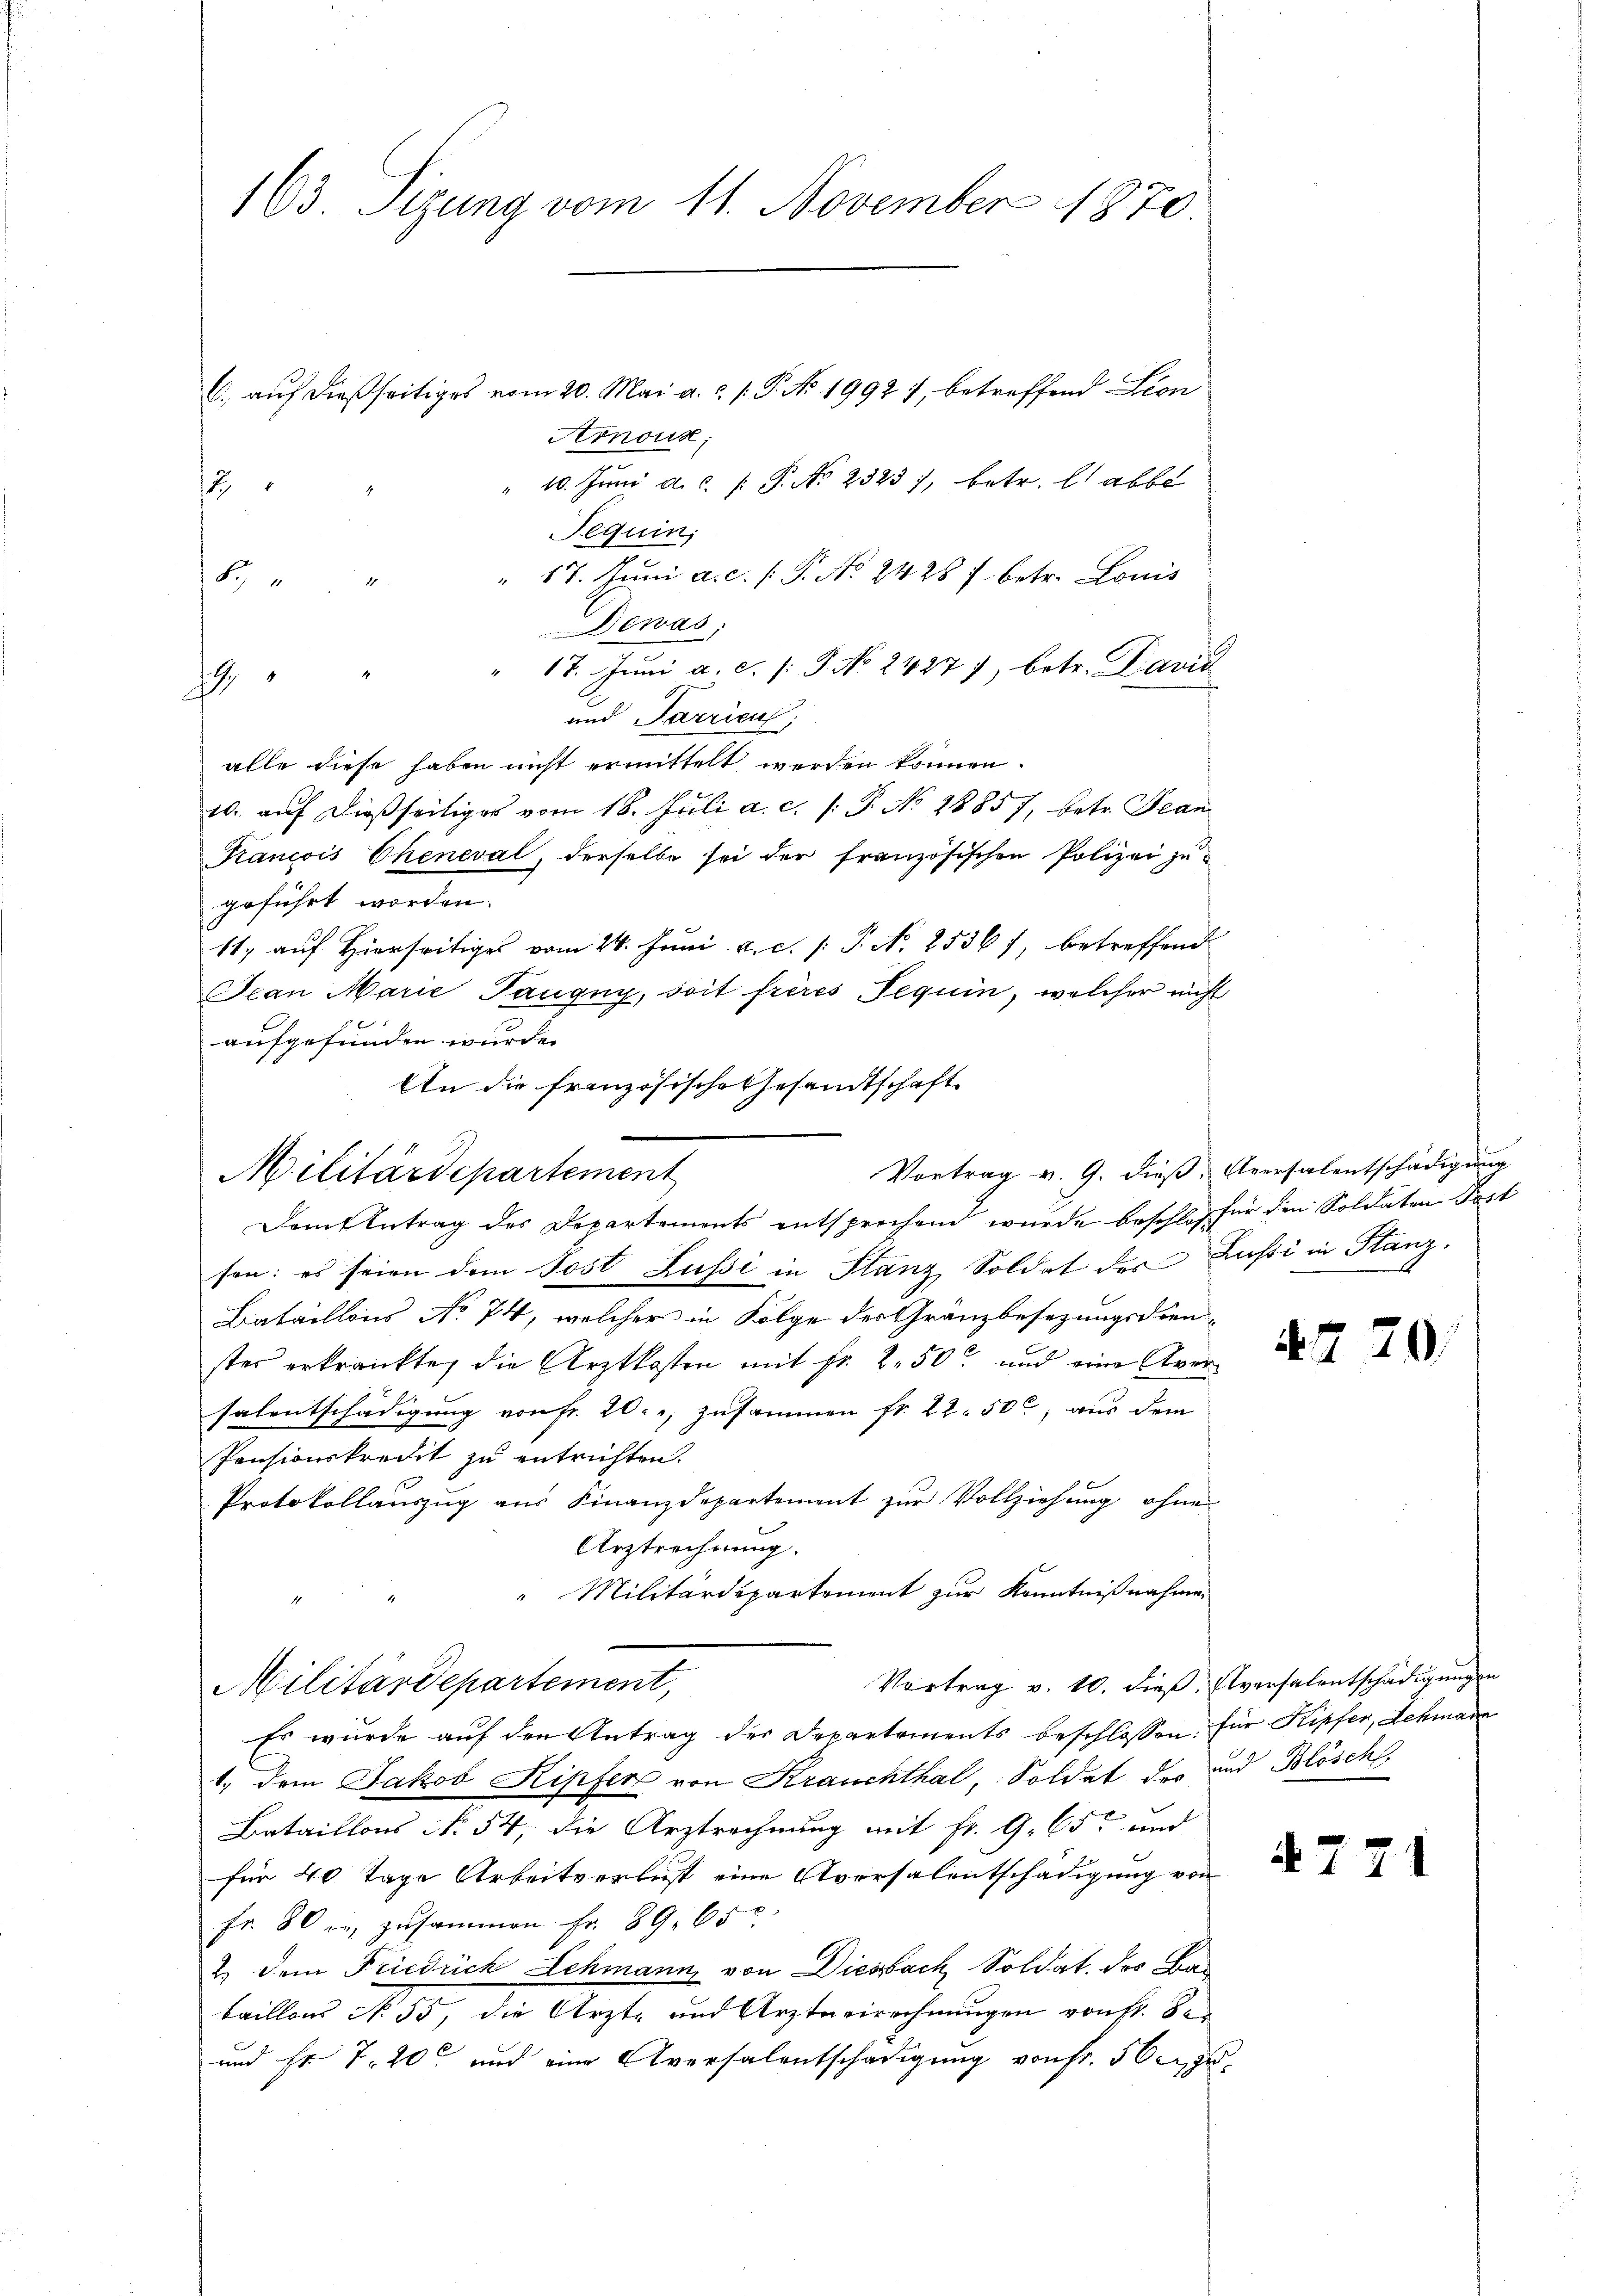
163. Sizung vom 11. November 1870

C., auf dießseitiges vom 20. Mai a. a. p. P. No. 1992 7, betreffend Lion
Arnous;
10. Jŭni a.c. P. Nr. 2323), betr. l. abbe
2
Fequin;
" 17. Juni a.c. s. P. No. 2428 f. betr. Louis
Dewas:
" 17. Jŭni a. c. s. S. No 24277, betr. Davić
2
und Parrien;
alle diese haben nicht ermittelt werden können.
10. auf dießseitiges vom 18. Juli a. c. l. J. No 28857, betr. Bean
Krancois Cheneval, derselbe sei der französischen Polizei zu-
geführt worden.
11, auf Hierseitiges vom 24. Juni a. c. P. N. 2536), betreffend
Ocan Marie Taugny, soit frères Tequin, welcher nicht
aufgefunden wurde. |
An die französische Gesandtschaft

5

Vortrag v. 9. dieβ Aversalentschädigung
Militärdepartement

Dem Antrag des Departements entsprechend wurde beschlos für den Soldaten Post
sen: es seien dem Post Lussi in Stanz Soldat des Lussi in Stanz.
Bataillons No 74, welcher in Folge der Gränzbesezungsdien-
ster erkränkte, die Arztkosten mit fr. 250 und eine Aversalentschädigung von fr. 20. zusammen fr. 22. 50, aus dem
Pensionskrecht zu entrichten.
Protokollauszug aus Finanzdepartement zur Vollziehung ohne
Urztrechnung.
Militärdepartement zur Kenntnißnahmen
Vortrag v. 10. dieß. Aversalentschädigungen
Es wurde auf den Antrag der Departements beschlossen: für Kipfer, Lehmann
1.) Dem Jakob Kipfer von Krauchthal, Soldat des und Blöschl
Bataillons No 54, die Arztrechnung mit fr. 9. 65 und
für 40 Tage Arbeitverlust eine Aversalentschädigung von
Fr. 80 er zusammen Fr. 89. 65
2.) Dem Friedrich Lehmann von Diesbach, Soldat des Bataillon No 55, die Ärzte und Arztneirechnungen von Hr. Se
und Fr. 7. 20 und eine Aversalentschädigung von Fr. 50c zu

Militärdepartement,

7

20.

71